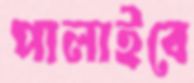
পালাইবে